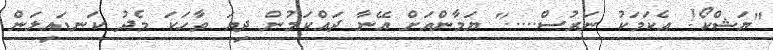
"ޔަޝްކޯ! އެކަމަކު ނަރުސް....." ޔަމާންއަށް އޭނާ ދައްކަމުން ދިޔަ ވާހަކަ މެދު ކަނޑައިލަން